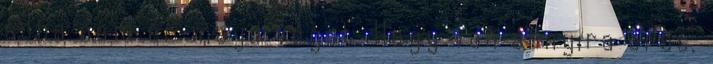
soha nem ér majd véget. Hogy van annyira erős,